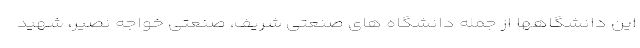
این دانشگاهها از جمله دانشگاه های صنعتی شریف، صنعتی خواجه نصیر، شهید